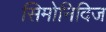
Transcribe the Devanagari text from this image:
सिमोनिदिज